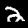
Label: 2